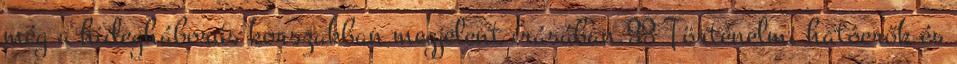
még a hidegháborús korszakban megjelent írásában.33 Történelmi hatóerők és